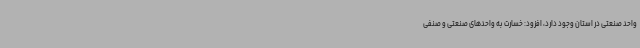
واحد صنعتی در استان وجود دارد، افزود: خسارت به واحدهای ‌صنعتی و صنفی